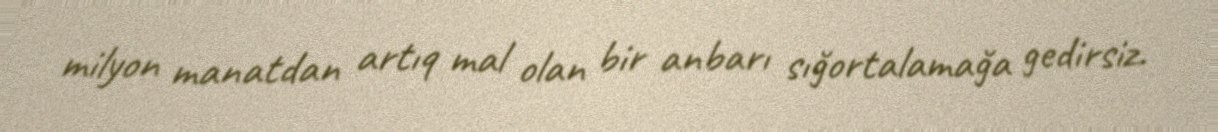
milyon manatdan artıq mal olan bir anbarı sığortalamağa gedirsiz.